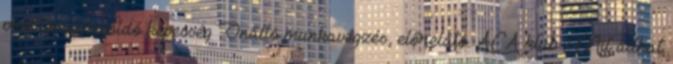
problémamegoldó képesség Önálló munkavégzés, előrelátó. AEA klub: Mit adhat